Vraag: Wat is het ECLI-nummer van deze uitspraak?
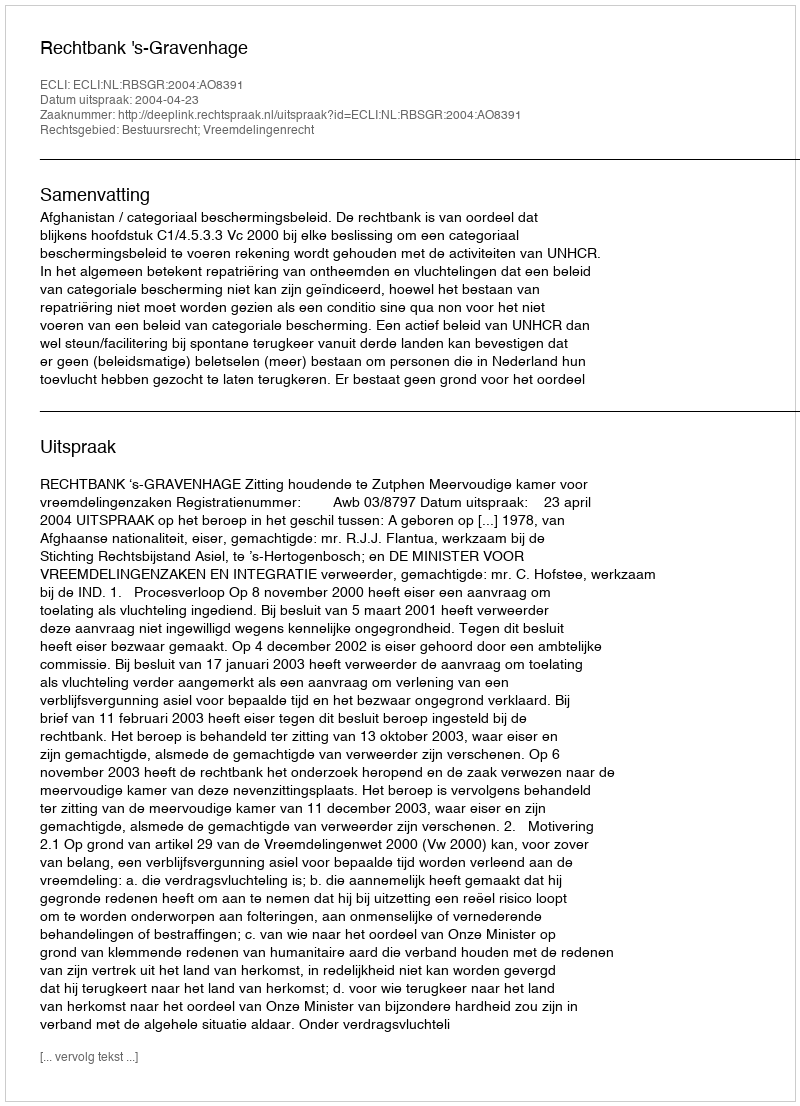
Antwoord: ECLI:NL:RBSGR:2004:AO8391